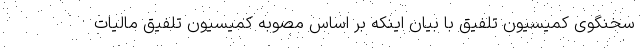
سخنگوی کمیسیون تلفیق با بیان اینکه بر اساس مصوبه کمیسیون تلفیق مالیات